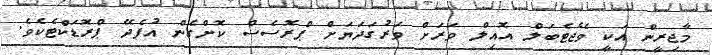
މާޖިރީން އަކީ ވެޖެޓެބަލް އޮއިލް ވަރަށް ވަރުގަދަޔަށް ޕްރޮސެސް ކޮށްގެން އުފެދޭ ޕްރޮޑަކްޓެކެވެ.